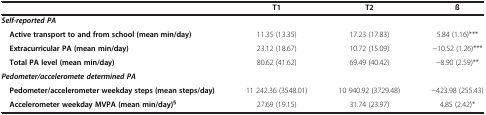
|  | T1 | T2 | ß |
 | --- | --- | --- | --- |
 | Self-reported PA |  |  |  |
 | Active transport to and from school (mean min/day) | 11.35 (13.35) | 17.23 (17.83) | 5.84 (1.16)*** |
 | Extracurricular PA (mean min/day) | 23.12 (18.67) | 10.72 (15.09) | −10.52 (1.26)*** |
 | Total PA level (mean min/day) | 80.62 (41.62) | 69.49 (40.42) | −8.90 (2.59)** |
 | Pedometer/acceleromete determined PA |  |  |  |
 | Pedometer/accelerometer weekday steps (mean steps/day) | 11 242.36 (3548.01) | 10 940.92 (3729.48) | −423.98 (255.43) |
 | Accelerometer weekday MVPA (mean min/day)§ | 27.69 (19.15) | 31.74 (23.97) | 4.85 (2.42)* |